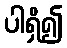
ပါရှိ၍